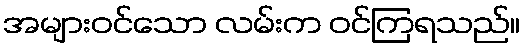
အများဝင်သော လမ်းက ဝင်ကြရသည်။